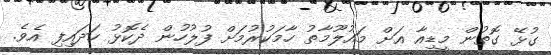
ގުޅޭ ގޮތުން މީޑިއާ އަށް މައުލޫމާތު ހާމަކުރުމަށް ފުލުހުން ދެކޮޅު ހަދައިފި އެވެ.